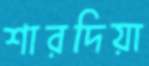
শারদিয়া